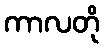
ကာလတို